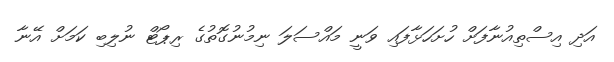
އަދި އިސްތިއުނާފަށް ހުށަހަޅާފައި ވަނީ މައްސަލަ ނިމުނުގޮތުގެ ރިޕޯޓް ނުލިބި ކަމަށް އޭނާ